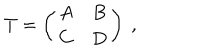
LaTeX: T = \left( \begin{array} { c c } { { A } } & { { B } } \\ { { C } } & { { D } } \\ \end{array} \right) \ ,